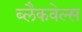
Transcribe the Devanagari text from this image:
ब्‍लैकवेल्‍स